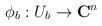
LaTeX: \begin{align*}\phi_b:U_b\rightarrow {\bf C}^{n}\end{align*}